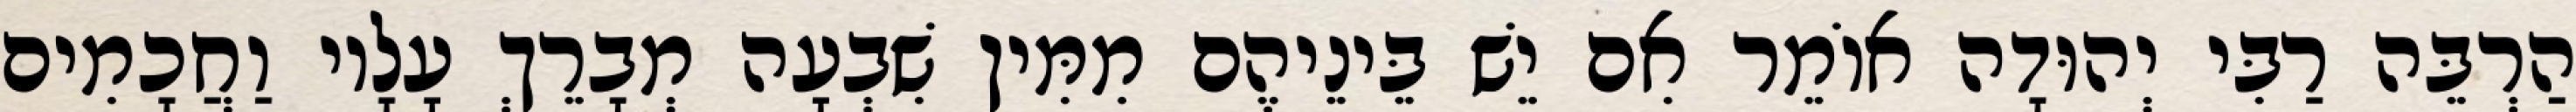
הַרְבֵּה רַבִּי יְהוּדָה אוֹמֵר אִם יֵשׁ בֵּינֵיהֶם מִמִּין שִׁבְעָה מְבָרֵךְ עָלָיו וַחֲכָמִים